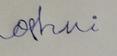
Signature authenticity: forged